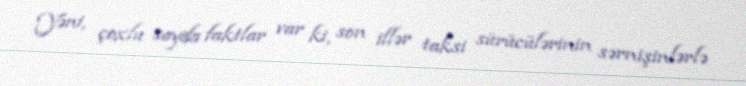
Yəni, çoxlu sayda faktlar var ki, son illər taksi sürücülərinin sərnişinlərlə